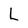
Character: L